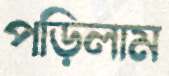
পড়িলাম